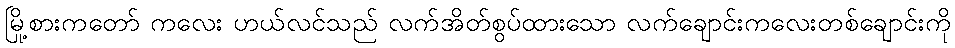
မြို့စားကတော် ကလေး ဟယ်လင်သည် လက်အိတ်စွပ်ထားသော လက်ချောင်းကလေးတစ်ချောင်းကို